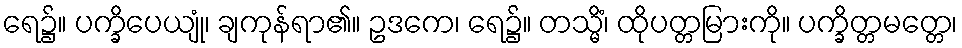
ရေ၌။ ပက္ခိပေယျုံ၊ ချကုန်ရာ၏။ ဥဒကေ၊ ရေ၌။ တသ္မိံ၊ ထိုပတ္တမြားကို။ ပက္ခိတ္တမတ္တေ၊